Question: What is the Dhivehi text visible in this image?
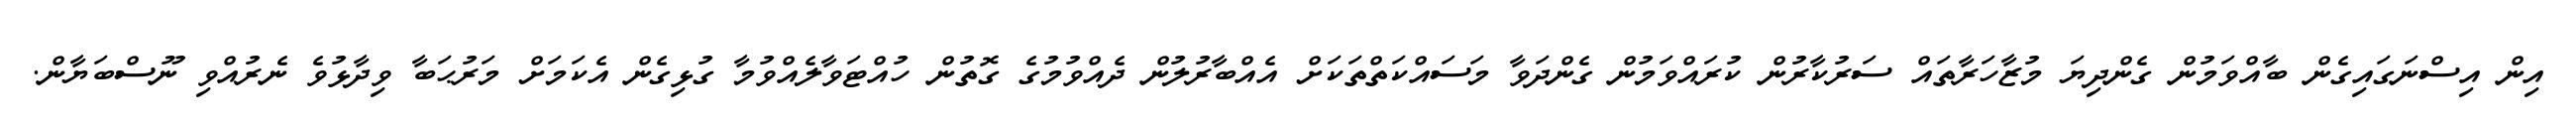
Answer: އިން އިސްނަގައިގެން ބާއްވަމުން ގެންދިޔަ މުޒާހަރާތައް ސަރުކާރުން ކުރައްވަމުން ގެންދަވާ މަސައްކަތްތަކަށް އެއްބާރުލުން ދެއްވުމުގެ ގޮތުން ހުއްޓަވާލެއްވުމާ ގުޅިގެން އެކަމަށް މަރުޙަބާ ވިދާޅުވެ ނެރުއްވި ނޫސްބަޔާން.